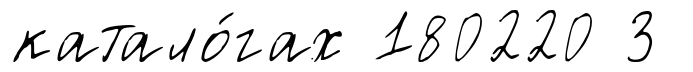
катало́гах 180220 3